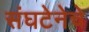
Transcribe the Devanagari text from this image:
संघटेनेचे